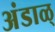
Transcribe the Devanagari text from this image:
अंडाळ्